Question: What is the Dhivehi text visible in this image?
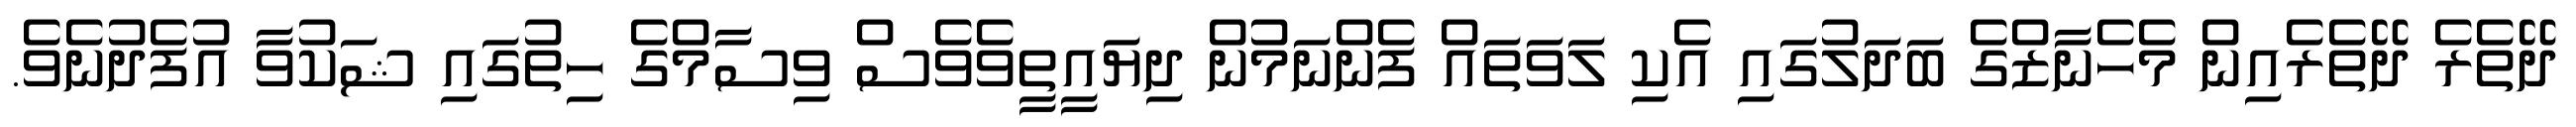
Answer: ދޭތެރެ ދޭތެރެއިން މެހެނާޒްގެ ބަދަލުގައި އެކި ލަވަތައް ފެންނަމުން ދިޔައީތީވެވެސް ވިސާމްގެ ހިތުގައި ޝަކުވާ އުފެދުނެވެ.